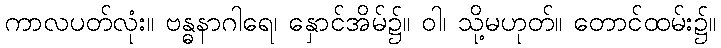
ကာလပတ်လုံး။ ဗန္ဓနာဂါရေ၊ နှောင်အိမ်၌။ ဝါ၊ သို့မဟုတ်။ တောင်ထမ်း၌။